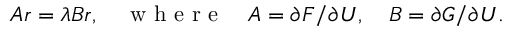
A r = \lambda B r , \quad \mathrm { ~ w ~ h ~ e ~ r ~ e ~ } \quad A = { \partial F } / { \partial U } , \quad B = { \partial G } / { \partial U } .